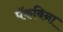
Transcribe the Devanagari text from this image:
पॅकविना